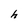
Character: h